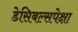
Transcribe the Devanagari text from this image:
डेसिबल्सपेक्षा